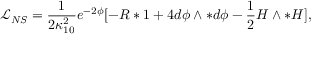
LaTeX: { \mathcal { L } } _ { N S } = { \frac { 1 } { 2 \kappa _ { 1 0 } ^ { 2 } } } { e ^ { - 2 \phi } } [ - R * 1 + 4 d \phi \wedge * d \phi - \frac { 1 } { 2 } H \wedge * H ] ,